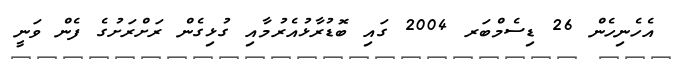
އެހެނިހެން 26 ޑިސެމްބަރ 2004 ގައި ބޮޑުރާޅުއެރުމާއި ގުޅިގެން ރަށްރަށުގެ ފެން ވަނީ